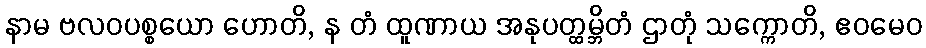
နာမ ဗလဝပစ္စယော ဟောတိ, န တံ ထူဏာယ အနုပတ္ထမ္ဘိတံ ဌာတုံ သက္ကောတိ, ဧဝမေဝ